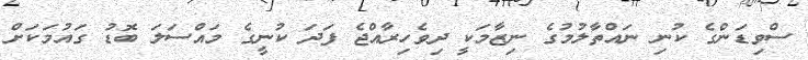
ސްވިޑަންގެ ކުނި ނައްތާލުމުގެ ނިޒާމަކީ ދިވެހިރާއްޖެ ފަދަ ކުނީގެ މައްސަލަ ބޮޑު ގައުމަކަށް